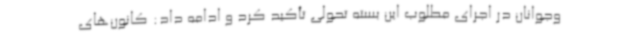
وجوانان در اجرای مطلوب این بسته تحولی تأکید کرد و ادامه داد: کانون‌های